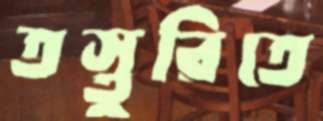
তস্তুরিতে